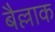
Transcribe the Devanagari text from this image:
बैल्लाक